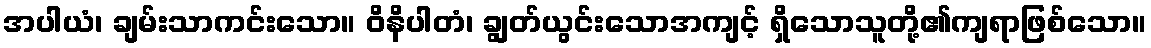
အပါယံ၊ ချမ်းသာကင်းသော။ ဝိနိပါတံ၊ ချွတ်ယွင်းသောအကျင့် ရှိသောသူတို့၏ကျရာဖြစ်သော။